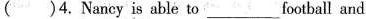
( )4. Nancy is able to\underline football and